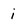
Character: i